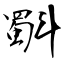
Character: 斣